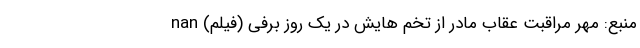
منبع: مهر مراقبت عقاب مادر از تخم هایش در یک روز برفی (فیلم) nan